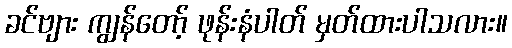
ခင်ဗျား ကျွန်တော့် ဖုန်းနံပါတ် မှတ်ထားပါသလား။